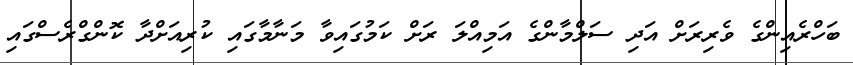
ބަހްރެއިންގެ ވެރިރަށް އަދި ސަލްމާންގެ އަމިއްްލަ ރަށް ކަމުގައިވާ މަނާމާގައި ކުރިއަށްދާ ކޮންގްރެސްގައި